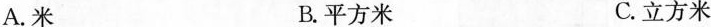
A.米 B.平方米 C.立方米